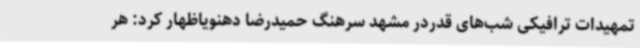
تمهیدات ترافیکی شب‌های قدردر مشهد سرهنگ حمیدرضا دهنویاظهار کرد: هر